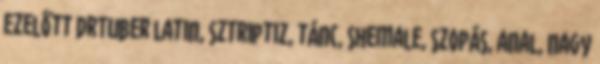
ezelőtt DrTuber latin, sztriptiz, tánc, shemale, szopás, anal, nagy